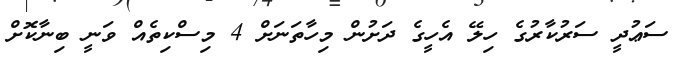
ސަޢުދީ ސަރުކާރުގެ ހިލޭ އެހީގެ ދަށުން މިހާތަނަށް 4 މިސްކިތެއް ވަނީ ބިނާކޮށް